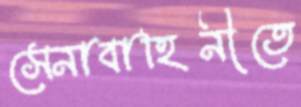
সেনাবাহিনীতে